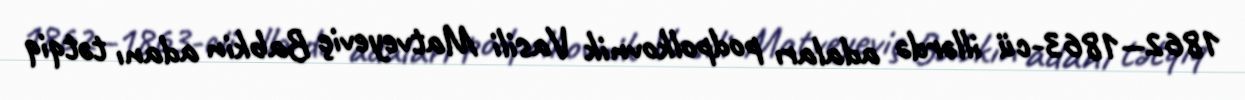
1862—1863-cü illərdə adaları podpolkovnik Vasili Matveyeviç Babkin adanı tətqiq